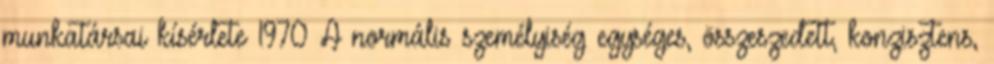
munkatársai kísérlete 1970 A normális személyiség egységes, összeszedett, konzisztens,